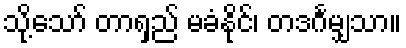
သို့သော် တာရှည် မခံနိုင်၊ တဒင်္ဂမျှသာ။